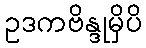
ဥဒကဗိန္ဒုမှိပိ